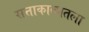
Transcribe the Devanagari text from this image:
सत्ताकाळातला